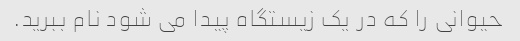
حیوانی را که در یک زیستگاه پیدا می شود نام ببرید.